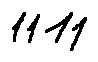
1 1 1 1